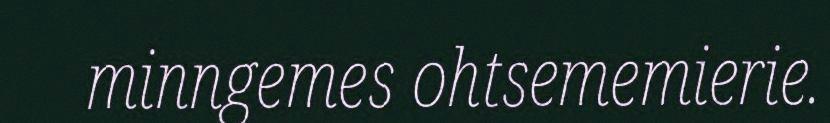
minngemes ohtsememierie.